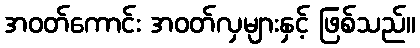
အဝတ်ကောင်း အဝတ်လှများနှင့် ဖြစ်သည်။